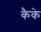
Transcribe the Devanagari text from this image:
कैके